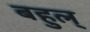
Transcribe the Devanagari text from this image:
बहुल्